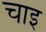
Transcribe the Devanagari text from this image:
चाइ